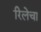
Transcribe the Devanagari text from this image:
रिलेचा